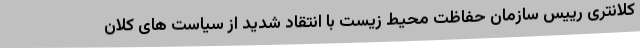
کلانتری رییس سازمان حفاظت محیط زیست با انتقاد شدید از سیاست های کلان